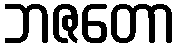
ဘဇတော